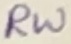
Text: RW